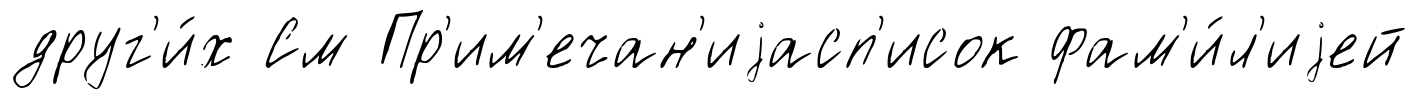
друг'и́х См Пр'им'ечан'иjасп'исок фам'и́л'иjей